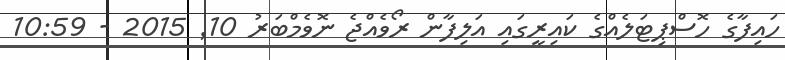
ހައިފާގެ ހޮސްޕިޓަލެއްގެ ކައިރީގައި އަލިފާން ރޯވެއްޖެ ނޮވެމްބަރު 10